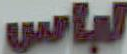
لباس